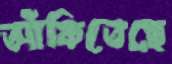
আঁকিতেছে